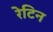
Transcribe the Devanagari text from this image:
रेटिन